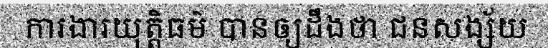
ការងារយុត្តិធម៌ បានឲ្យដឹងថា ជនសង្ស័យ